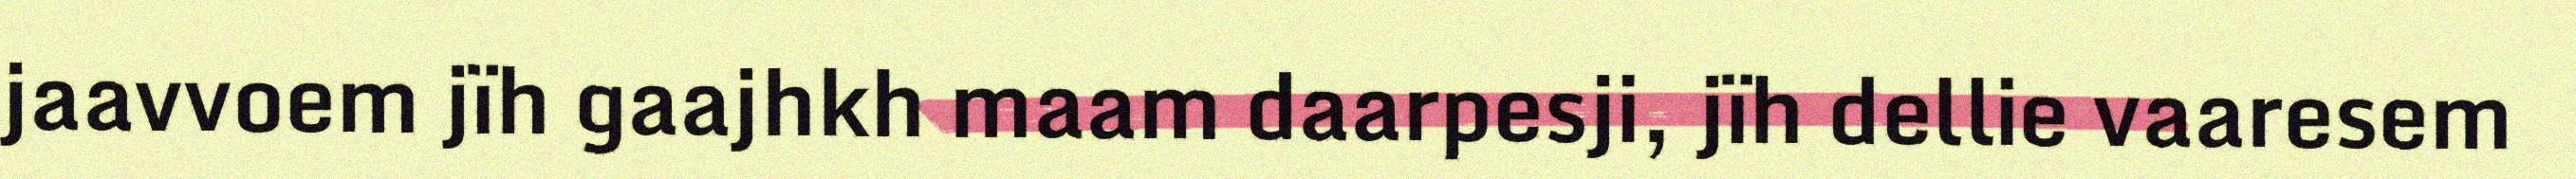
jaavvoem jïh gaajhkh maam daarpesji, jïh dellie vaaresem